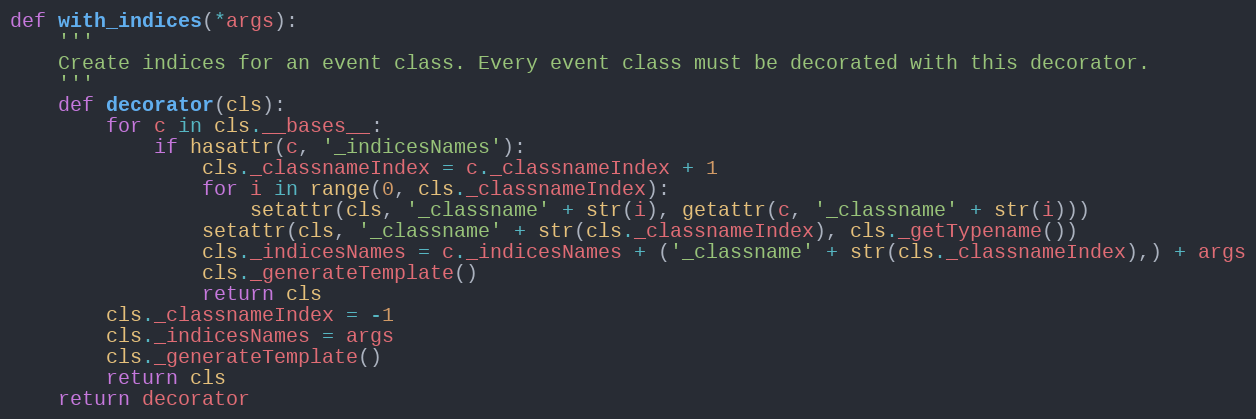
Language: Python
def with_indices(*args):
    '''
    Create indices for an event class. Every event class must be decorated with this decorator.
    '''
    def decorator(cls):
        for c in cls.__bases__:
            if hasattr(c, '_indicesNames'):
                cls._classnameIndex = c._classnameIndex + 1
                for i in range(0, cls._classnameIndex):
                    setattr(cls, '_classname' + str(i), getattr(c, '_classname' + str(i)))
                setattr(cls, '_classname' + str(cls._classnameIndex), cls._getTypename())
                cls._indicesNames = c._indicesNames + ('_classname' + str(cls._classnameIndex),) + args
                cls._generateTemplate()
                return cls
        cls._classnameIndex = -1
        cls._indicesNames = args
        cls._generateTemplate()
        return cls
    return decorator